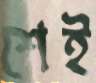
শেই